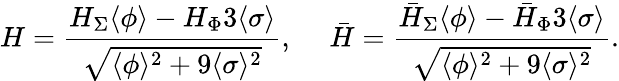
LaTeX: H={\frac{H_{\Sigma}\langle\phi\rangle-H_{\Phi}3\langle\sigma\rangle}{\sqrt{\langle\phi\rangle^{2}+9\langle\sigma\rangle^{2}}}},~~~~~\bar{H}={\frac{\bar{H}_{\Sigma}\langle\phi\rangle-\bar{H}_{\Phi}3\langle\sigma\rangle}{\sqrt{\langle\phi\rangle^{2}+9\langle\sigma\rangle^{2}}}}.